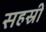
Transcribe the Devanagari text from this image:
सहस्री